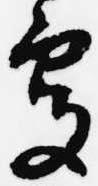
処